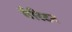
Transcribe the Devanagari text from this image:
चेरिटन